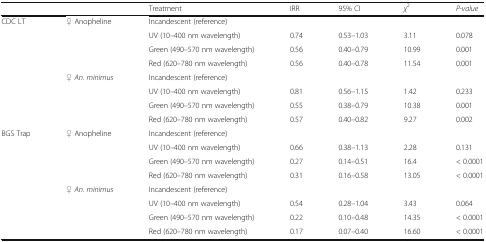
<table><thead><tr><td></td><td></td><td><b>Treatment</b></td><td><b>IRR</b></td><td><b>95% CI</b></td><td><b><i>χ</i><sup>2</sup></b></td><td><b><i>P-value</i></b></td></tr></thead><tbody><tr><td rowspan="8">CDC LT</td><td>♀ Anopheline</td><td>Incandescent (reference)</td><td></td><td></td><td></td><td></td></tr><tr><td></td><td>UV (10–400 nm wavelength)</td><td>0.74</td><td>0.53–1.03</td><td>3.11</td><td>0.078</td></tr><tr><td></td><td>Green (490–570 nm wavelength)</td><td>0.56</td><td>0.40–0.79</td><td>10.99</td><td>0.001</td></tr><tr><td></td><td>Red (620–780 nm wavelength)</td><td>0.56</td><td>0.40–0.78</td><td>11.54</td><td>0.001</td></tr><tr><td>♀ <i>An. minimus</i></td><td>Incandescent (reference)</td><td></td><td></td><td></td><td></td></tr><tr><td></td><td>UV (10–400 nm wavelength)</td><td>0.81</td><td>0.56–1.15</td><td>1.42</td><td>0.233</td></tr><tr><td></td><td>Green (490–570 nm wavelength)</td><td>0.55</td><td>0.38–0.79</td><td>10.38</td><td>0.001</td></tr><tr><td></td><td>Red (620–780 nm wavelength)</td><td>0.57</td><td>0.40–0.82</td><td>9.27</td><td>0.002</td></tr><tr><td rowspan="8">BGS Trap</td><td>♀ Anopheline</td><td>Incandescent (reference)</td><td></td><td></td><td></td><td></td></tr><tr><td></td><td>UV (10–400 nm wavelength)</td><td>0.66</td><td>0.38–1.13</td><td>2.28</td><td>0.131</td></tr><tr><td></td><td>Green (490–570 nm wavelength)</td><td>0.27</td><td>0.14–0.51</td><td>16.4</td><td>&lt; 0.0001</td></tr><tr><td></td><td>Red (620–780 nm wavelength)</td><td>0.31</td><td>0.16–0.58</td><td>13.05</td><td>&lt; 0.0001</td></tr><tr><td>♀ <i>An. minimus</i></td><td>Incandescent (reference)</td><td></td><td></td><td></td><td></td></tr><tr><td></td><td>UV (10–400 nm wavelength)</td><td>0.54</td><td>0.28–1.04</td><td>3.43</td><td>0.064</td></tr><tr><td></td><td>Green (490–570 nm wavelength)</td><td>0.22</td><td>0.10–0.48</td><td>14.35</td><td>&lt; 0.0001</td></tr><tr><td></td><td>Red (620–780 nm wavelength)</td><td>0.17</td><td>0.07–0.40</td><td>16.60</td><td>&lt; 0.0001</td></tr></tbody></table>